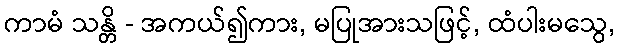
ကာမံ သန္တိ - အကယ်၍ကား, မပြုအားသဖြင့်, ထံပါးမသွေ,